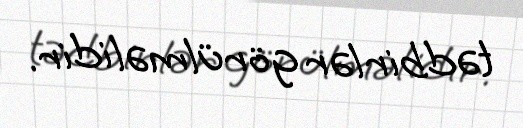
tədbirlər görülməlidir.